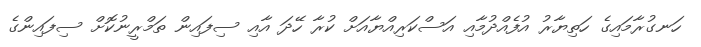
ހަނގުރާމައިގެ ހަތިޔާރު އުފެއްދުމާއި އަސްކަރިއްޔާއަށް ކުރާ ހޭދަ އާއި ސިފައިން ތަމްރީނުކޮށް ސިފައިންގެ